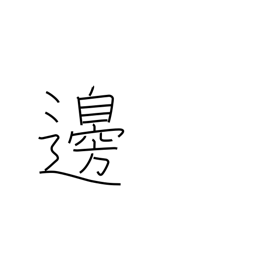
Meaning: margin